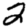
Digit: 2